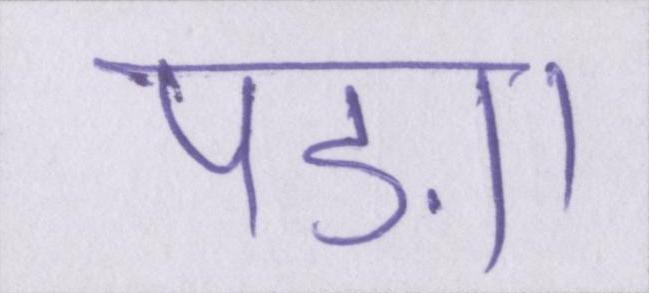
पड़ा।